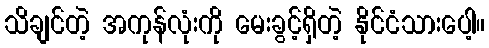
သိချင်တဲ့ အကုန်လုံးကို မေးခွင့်ရှိတဲ့ နိုင်ငံသားပေါ့။